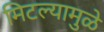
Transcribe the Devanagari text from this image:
मिटल्यामुळे